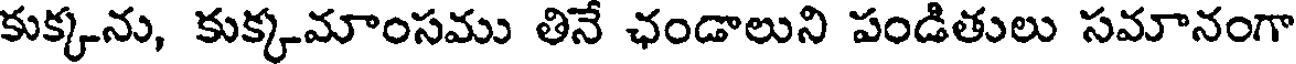
కుక్కను, కుక్కమాంసము తినే ఛండాలుని పండితులు సమానంగా